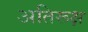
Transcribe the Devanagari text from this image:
अतिरूक्ष